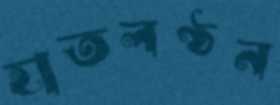
হাতলণ্ঠন